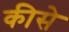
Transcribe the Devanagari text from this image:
कीसे